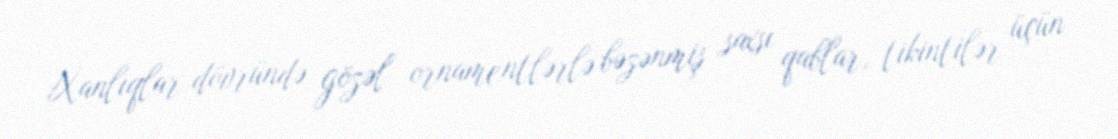
Xanlıqlar dövründə gözəl ornamentlərlə bəzənmiş saxsı qablar, tikintilər üçün